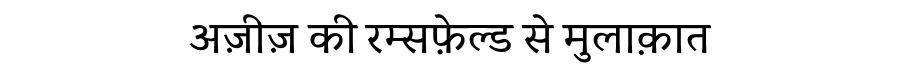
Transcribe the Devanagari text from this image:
अज़ीज़ की रम्सफ़ेल्ड से मुलाक़ात